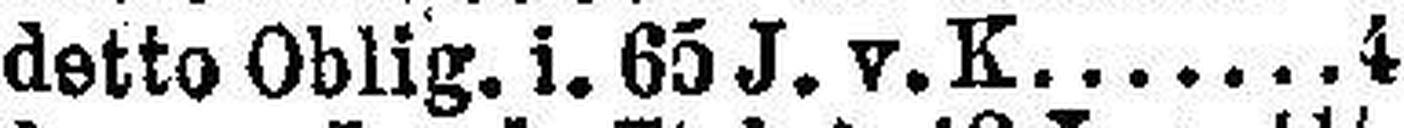
detto Oblig. i. 65 J. v. K. 4